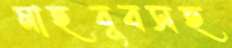
মাহবুবসহ